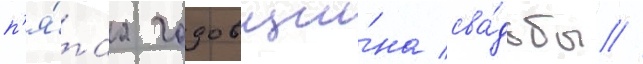
п'я́таа годовщи́на сва́дьбы //